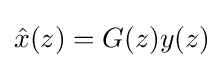
{\hat {x}}(z)=G(z)y(z)